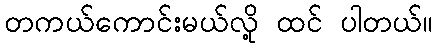
တကယ်ကောင်းမယ်လို့ ထင် ပါတယ်။